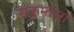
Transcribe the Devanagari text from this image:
सकुन्तला